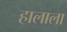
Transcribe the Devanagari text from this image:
हालाला